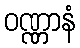
ဝဏ္ဏာနံ